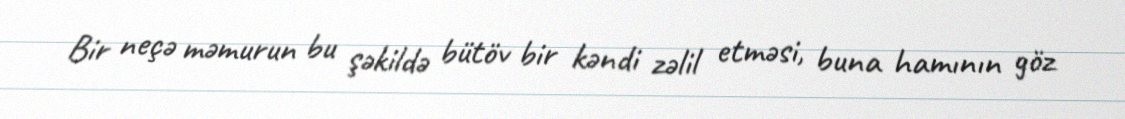
Bir neçə məmurun bu şəkildə bütöv bir kəndi zəlil etməsi, buna hamının göz